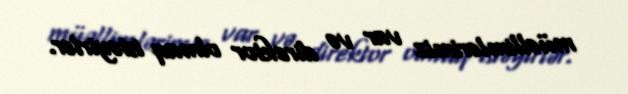
müəllimlərimiz var və direktor olmaq istəyirlər.